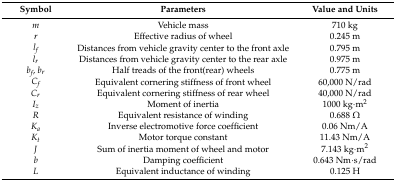
<table><thead><tr><td><b>Symbol</b></td><td><b>Parameters</b></td><td><b>Value and Units</b></td></tr></thead><tbody><tr><td><i>m</i></td><td>Vehicle mass</td><td>710 kg</td></tr><tr><td><i>r</i></td><td>Effective radius of wheel</td><td>0.245 m</td></tr><tr><td><i>l<sub>f</sub></i></td><td>Distances from vehicle gravity center to the front axle</td><td>0.795 m</td></tr><tr><td><i>l<sub>r</sub></i></td><td>Distances from vehicle gravity center to the rear axle</td><td>0.975 m</td></tr><tr><td><i>b<sub>f</sub></i>, <i>b<sub>r</sub></i></td><td>Half treads of the front(rear) wheels</td><td>0.775 m</td></tr><tr><td><i>C<sub>f</sub></i></td><td>Equivalent cornering stiffness of front wheel</td><td>60,000 N/rad</td></tr><tr><td><i>C<sub>r</sub></i></td><td>Equivalent cornering stiffness of rear wheel</td><td>40,000 N/rad</td></tr><tr><td><i>I<sub>z</sub></i></td><td>Moment of inertia</td><td>1000 kg·m<sup>2</sup></td></tr><tr><td><i>R</i></td><td>Equivalent resistance of winding</td><td>0.688 Ω</td></tr><tr><td><i>K<sub>a</sub></i></td><td>Inverse electromotive force coefficient</td><td>0.06 Nm/A</td></tr><tr><td><i>K<sub>t</sub></i></td><td>Motor torque constant</td><td>11.43 Nm/A</td></tr><tr><td><i>J</i></td><td>Sum of inertia moment of wheel and motor</td><td>7.143 kg·m<sup>2</sup></td></tr><tr><td><i>b</i></td><td>Damping coefficient</td><td>0.643 Nm·s/rad</td></tr><tr><td><i>L</i></td><td>Equivalent inductance of winding</td><td>0.125 H</td></tr></tbody></table>